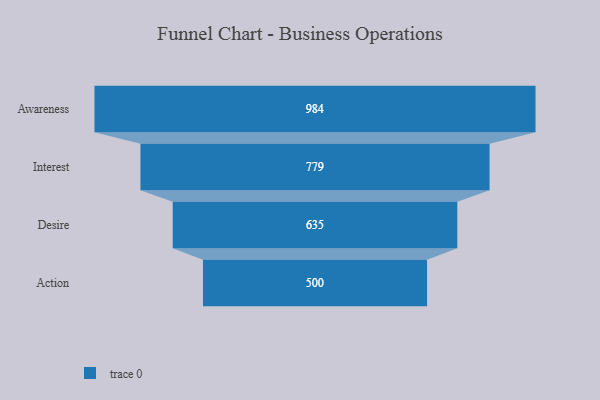
{"axis": {"x": "Stage", "y": "Value"}, "legend": [""], "data": [{"x": "Awareness", "y": 984.0, "type": ""}, {"x": "Interest", "y": 779.0, "type": ""}, {"x": "Desire", "y": 635.0, "type": ""}, {"x": "Action", "y": 500, "type": ""}]}